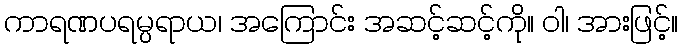
ကာရဏပရမ္ပရာယ၊ အကြောင်း အဆင့်ဆင့်ကို။ ဝါ၊ အားဖြင့်။